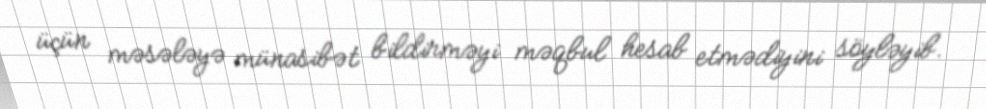
üçün məsələyə münasibət bildirməyi məqbul hesab etmədiyini söyləyib.